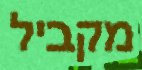
מקביל